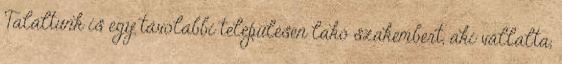
Találtunk is egy távolabbi településen lakó szakembert, aki vállalta,